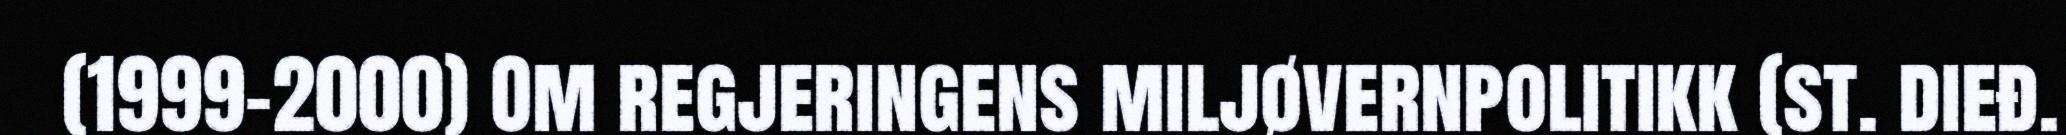
(1999–2000) Om regjeringens miljøvernpolitikk (st. dieđ.